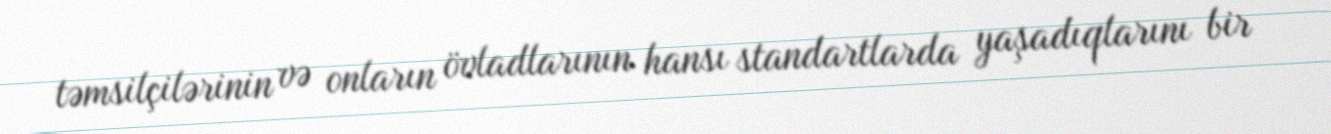
təmsilçilərinin və onların övladlarının hansı standartlarda yaşadıqlarını bir